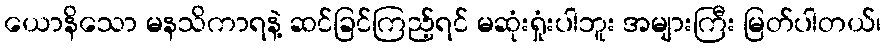
ယောနိသော မနသိကာရနဲ့ ဆင်ခြင်ကြည့်ရင် မဆုံးရှုံးပါဘူး အများကြီး မြတ်ပါတယ်၊